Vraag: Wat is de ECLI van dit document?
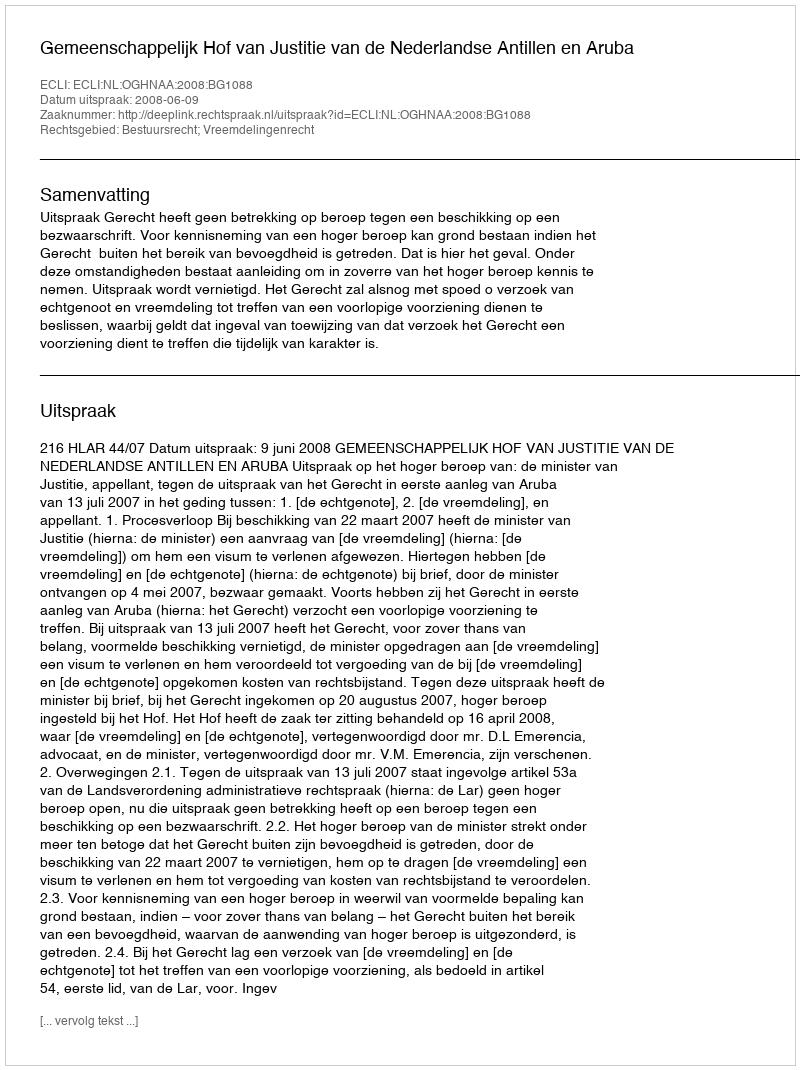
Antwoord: ECLI:NL:OGHNAA:2008:BG1088